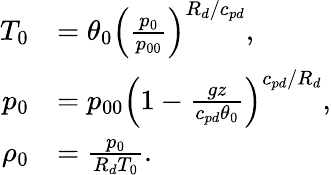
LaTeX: \begin{array}{rl}{T_{0}}&{=\theta_{0}\left(\frac{p_{0}}{p_{00}}\right)^{R_{d}/c_{pd}},}\\ {p_{0}}&{=p_{00}\left(1-\frac{gz}{c_{pd}\theta_{0}}\right)^{c_{pd}/R_{d}},}\\ {\rho_{0}}&{=\frac{p_{0}}{R_{d}T_{0}}.}\end{array}